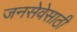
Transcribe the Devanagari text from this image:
जनसेवेसाठी